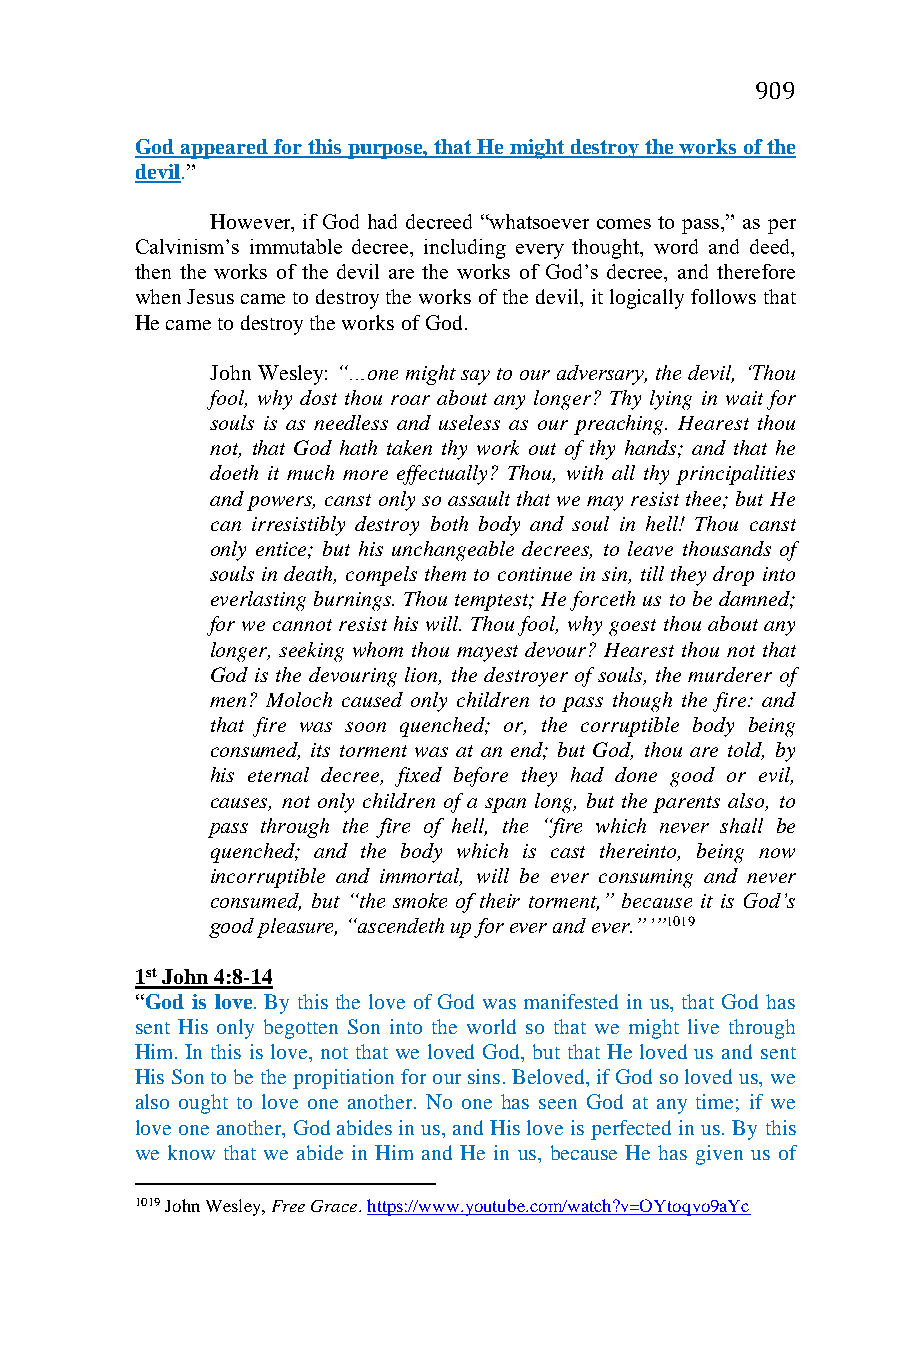
909
 God appeared for this purpose, that He might destroy the works of the
 devil.”
 However, if God had decreed “whatsoever comes to pass,” as per
 Calvinism’s immutable decree, including every thought, word and deed,
 then the works of the devil are the works of God’s decree, and therefore
 when Jesus came to destroy the works of the devil, it logically follows that
 He came to destroy the works of God.
 John Wesley: “…one might say to our adversary, the devil, ‘Thou
 fool, why dost thou roar about any longer? Thy lying in wait for
 souls is as needless and useless as our preaching. Hearest thou
 not, that God hath taken thy work out of thy hands; and that he
 doeth it much more effectually? Thou, with all thy principalities
 and powers, canst only so assault that we may resist thee; but He
 can irresistibly destroy both body and soul in hell! Thou canst
 only entice; but his unchangeable decrees, to leave thousands of
 souls in death, compels them to continue in sin, till they drop into
 everlasting burnings. Thou temptest; He forceth us to be damned;
 for we cannot resist his will. Thou fool, why goest thou about any
 longer, seeking whom thou mayest devour? Hearest thou not that
 God is the devouring lion, the destroyer of souls, the murderer of
 men? Moloch caused only children to pass though the fire: and
 that fire was soon quenched; or, the corruptible body being
 consumed, its torment was at an end; but God, thou are told, by
 his eternal decree, fixed before they had done good or evil,
 causes, not only children of a span long, but the parents also, to
 pass through the fire of hell, the “fire which never shall be
 quenched; and the body which is cast thereinto, being now
 incorruptible and immortal, will be ever consuming and never
 consumed, but “the smoke of their torment,” because it is God’s
 good pleasure, “ascendeth up for ever and ever.”’”1019
 1st John 4:8-14
 “God is love. By this the love of God was manifested in us, that God has
 sent His only begotten Son into the world so that we might live through
 Him. In this is love, not that we loved God, but that He loved us and sent
 His Son to be the propitiation for our sins. Beloved, if God so loved us, we
 also ought to love one another. No one has seen God at any time; if we
 love one another, God abides in us, and His love is perfected in us. By this
 we know that we abide in Him and He in us, because He has given us of
 1019 John Wesley, Free Grace. https://www.youtube.com/watch?v=OYtoqvo9aYc